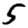
Digit: 5